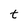
Character: t